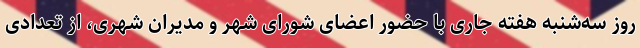
روز سه‌شنبه هفته جاری با حضور اعضای شورای شهر و مدیران شهری، از تعدادی